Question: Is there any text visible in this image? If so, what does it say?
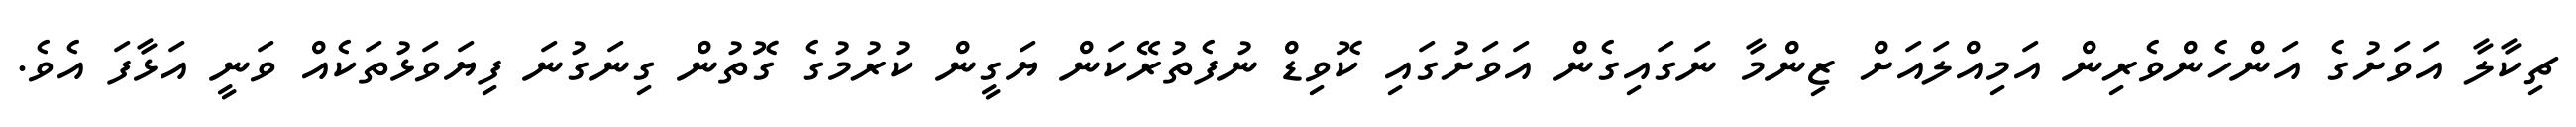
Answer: ޗިކާލާ އަވަށުގެ އަންހެންވެރިން އަމިއްލައަށް ޒިންމާ ނަގައިގެން އަވަށުގައި ކޮވިޑް ނުފެތުރޭކަން ޔަގީން ކުރުމުގެ ގޮތުން ގިނަގުނަ ފިޔަވަޅުތަކެއް ވަނީ އަޅާފަ އެވެ.